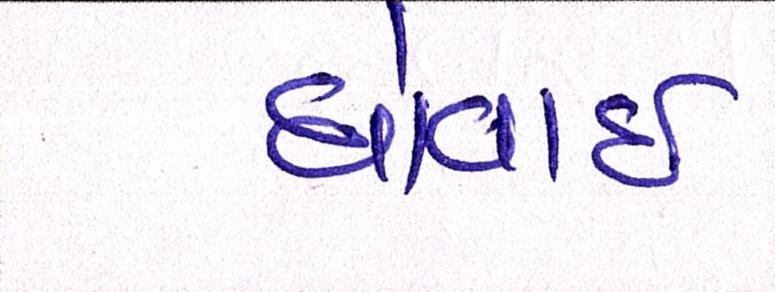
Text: ધોવાઇ